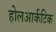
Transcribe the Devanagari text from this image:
होलआर्कटिक